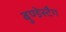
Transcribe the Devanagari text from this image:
बुण्डेस्टैग